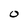
Character: O